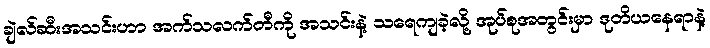
ချဲလ်ဆီးအသင်းဟာ အက်သလက်တီကို အသင်းနဲ့ သရေကျခဲ့လို့ အုပ်စုအတွင်းမှာ ဒုတိယနေရာနဲ့